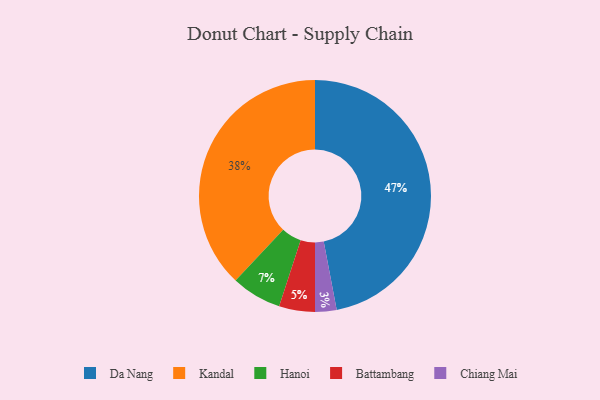
{"axis": {"x": "Category", "y": "Percentage"}, "legend": ["Battambang", "Chiang Mai", "Da Nang", "Hanoi", "Kandal"], "data": [{"x": "Kandal", "y": 38, "type": "Kandal"}, {"x": "Hanoi", "y": 7, "type": "Hanoi"}, {"x": "Battambang", "y": 5, "type": "Battambang"}, {"x": "Da Nang", "y": 47, "type": "Da Nang"}, {"x": "Chiang Mai", "y": 3, "type": "Chiang Mai"}]}